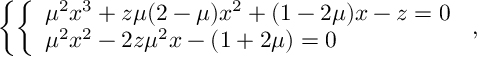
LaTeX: \left\{ \left\{ \begin{array} { l l } { { { \mu } ^ { 2 } x ^ { 3 } + z \mu ( 2 - \mu ) x ^ { 2 } + ( 1 - 2 \mu ) x - z = 0 } } \\ { { { \mu } ^ { 2 } x ^ { 2 } - 2 z { \mu } ^ { 2 } x - ( 1 + 2 \mu ) = 0 } } \end{array} \right. \right. ,